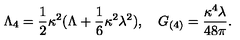
\Lambda _ { 4 } = \frac 1 2 \kappa ^ { 2 } ( \Lambda + \frac 1 6 \kappa ^ { 2 } \lambda ^ { 2 } ) , \quad G _ { ( 4 ) } = \frac { \kappa ^ { 4 } \lambda } { 4 8 \pi } .